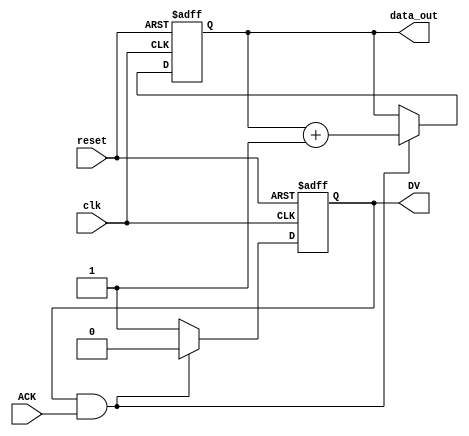
module producer (
    input wire clk,           // Clock for simulation purposes (not used in handshake)
    input wire reset,         // Asynchronous reset
    output reg [7:0] data_out,// Data to be sent
    output reg DV,           // Data Valid signal
    input wire ACK           // Acknowledge signal from consumer
);

    initial begin
        data_out = 8'b0;
        DV = 1'b0;
    end

    always @(posedge clk or posedge reset) begin
        if (reset) begin
            data_out <= 8'b0;
            DV <= 1'b0;
        end else begin
            if (DV && ACK) begin
                // Acknowledge received, prepare next data
                data_out <= data_out + 1; // Example data increment
                DV <= 1'b0;                // Clear DV until new data is ready
            end else if (!DV) begin
                // New data is ready to be sent
                DV <= 1'b1;                // Assert DV
            end
        end
    end
endmodule